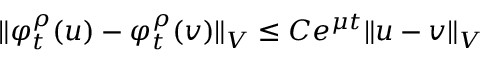
\Vert \varphi _ { t } ^ { \rho } ( u ) - \varphi _ { t } ^ { \rho } ( v ) \Vert _ { V } \leq C e ^ { \mu t } \Vert u - v \Vert _ { V }